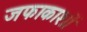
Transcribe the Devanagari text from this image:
जफाकाशों